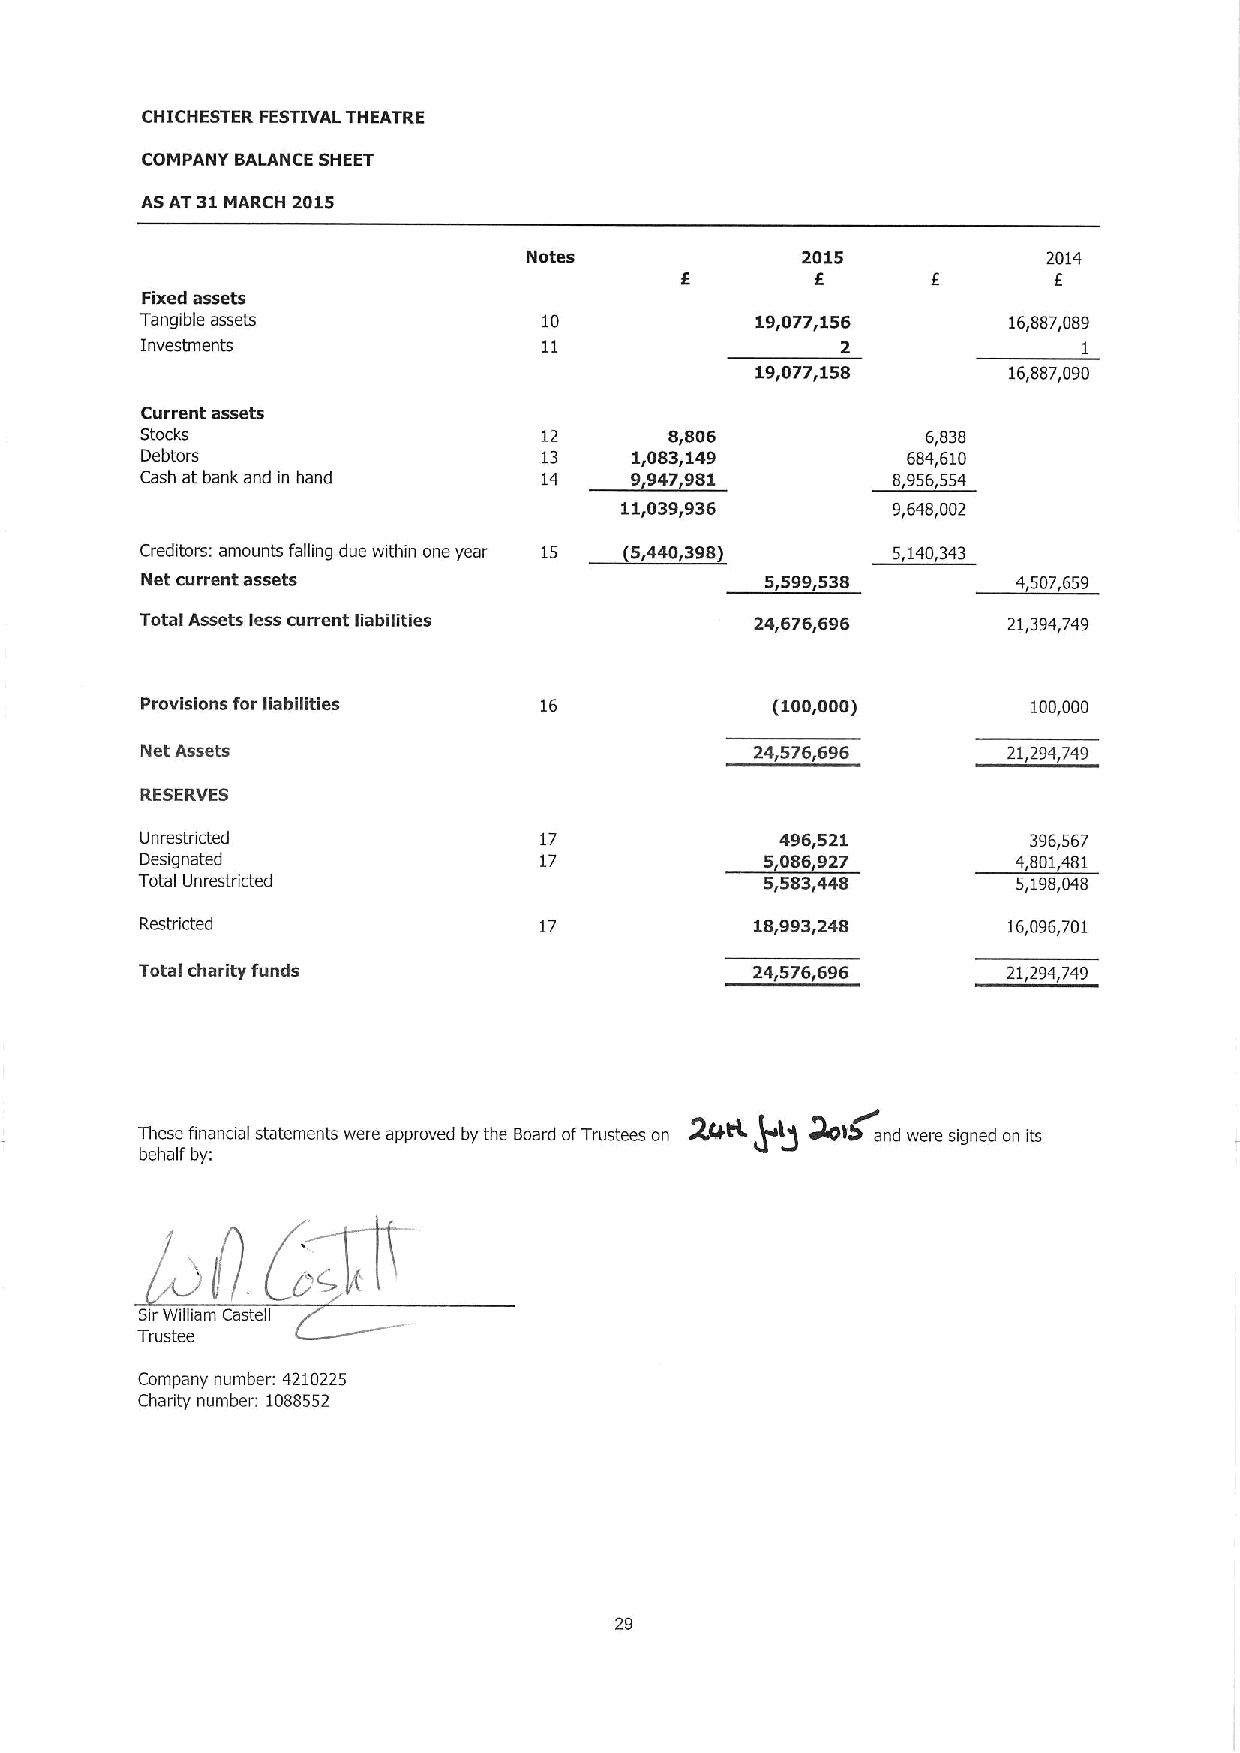
CHICHESTER FESTIVAL THEATRE
 COMPANY BALANCE SHEET
 ASAT31 MARCH 2015
 Notes             2015            2014
 6               I
 Fixed assets
 Tangible assets            10            19,077,156       16,887,089
 Investments                11                  2               1
 19,077,158       16,887,090
 Current assets
 Stocks                     12      8,806            6,838
 Debtors                    13    1,083,149         684,610
 Cash at bank and in hand   14    9,947,981        8,956,554
 11,039,936        9,648,002
 tt3
 Creditors: amounts falling due within one year 15 (5,440,398) I
 Net current assets                        5~599g538
 Total Assets less current liabilities    24,676,696       21,394,749
 Provisions for liabilities 16             (100,000)        100,000
 Net Assets                               24i576i696       21,294,749
 RESERVES
 Unrestricted               17              496,521         396,567
 Designated                 17             5,086,927       4,801,481
 Total Unrestricted                        5,583,448       5,198,048
 Restricted                 17            18,993,248       16,096,701
 Total charity funds                      24,576,696       21,294,749
 2'+
 These finanaal statements were approved by the Board ofTrustees on p(g Wtdand were signed on its
 behalf by:
 SirWilliam Castell
 Trustee
 Company number: 4210225
 Chanty number: 1088552
 29